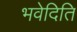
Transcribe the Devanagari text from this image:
भवेदिति